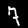
Digit: 7